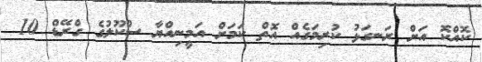
ކޮއްކޮ އަށް ރަނގަޅު ކުރިމަގެއް އޮތް ކަމަށް އަމީނިއްޔާ ސްކޫލުގެ ގްރޭޑް 10